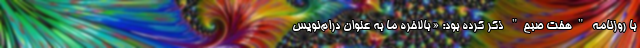
با روزنامه "هفت صبح" ذکر کرده بود: « بالاخره ما به عنوان درام‌نویس